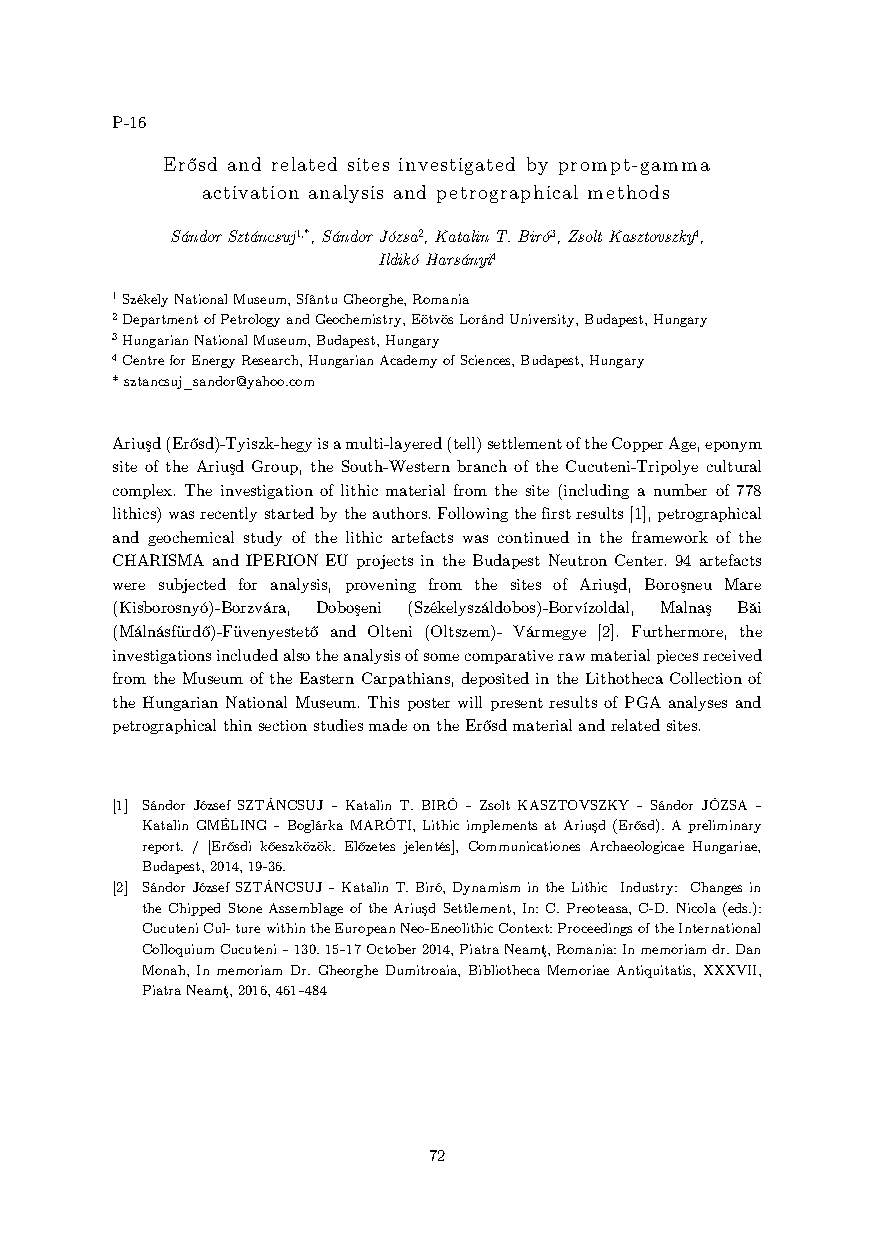
P-16
 Erősd and related sites investigated by prompt-gamma
 activation analysis and petrographical methods
 Sándor Sztáncsuj1,*, Sándor Józsa2, Katalin T. Biró3, Zsolt Kasztovszky4,
 Ildikó Harsányi4
 1 Székely National Museum, Sfântu Gheorghe, Romania
 2 Department of Petrology and Geochemistry, Eötvös Loránd University, Budapest, Hungary
 3 Hungarian National Museum, Budapest, Hungary
 4 Centre for Energy Research, Hungarian Academy of Sciences, Budapest, Hungary
 * sztancsuj_sandor@yahoo.com
 Ariuşd (Erősd)-Tyiszk-hegy is a multi-layered (tell) settlement of the Copper Age, eponym
 site of the Ariuşd Group, the South-Western branch of the Cucuteni-Tripolye cultural
 complex. The investigation of lithic material from the site (including a number of 778
 lithics) was recently started by the authors. Following the first results [1], petrographical
 and geochemical study of the lithic artefacts was continued in the framework of the
 CHARISMA and IPERION EU projects in the Budapest Neutron Center. 94 artefacts
 were subjected for analysis, provening from the sites of Ariuşd, Boroşneu Mare
 (Kisborosnyó)-Borzvára, Doboşeni (Székelyszáldobos)-Borvízoldal, Malnaş Băi
 (Málnásfürdő)-Füvenyestető and Olteni (Oltszem)- Vármegye [2]. Furthermore, the
 investigations included also the analysis of some comparative raw material pieces received
 from the Museum of the Eastern Carpathians, deposited in the Lithotheca Collection of
 the Hungarian National Museum. This poster will present results of PGA analyses and
 petrographical thin section studies made on the Erősd material and related sites.
 [1] Sándor József SZTÁNCSUJ – Katalin T. BIRÓ – Zsolt KASZTOVSZKY – Sándor JÓZSA –
 Katalin GMÉLING – Boglárka MARÓTI, Lithic implements at Ariuşd (Erősd). A preliminary
 report. / [Erősdi kőeszközök. Előzetes jelentés], Communicationes Archaeologicae Hungariae,
 Budapest, 2014, 19-36.
 [2] Sándor József SZTÁNCSUJ – Katalin T. Biró, Dynamism in the Lithic Industry: Changes in
 the Chipped Stone Assemblage of the Ariuşd Settlement, In: C. Preoteasa, C-D. Nicola (eds.):
 Cucuteni Cul- ture within the European Neo-Eneolithic Context: Proceedings of the International
 Colloquium Cucuteni – 130. 15–17 October 2014, Piatra Neamţ, Romania: In memoriam dr. Dan
 Monah, In memoriam Dr. Gheorghe Dumitroaia, Bibliotheca Memoriae Antiquitatis, XXXVII,
 Piatra Neamţ, 2016, 461–484
 72